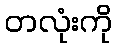
တလုံးကို